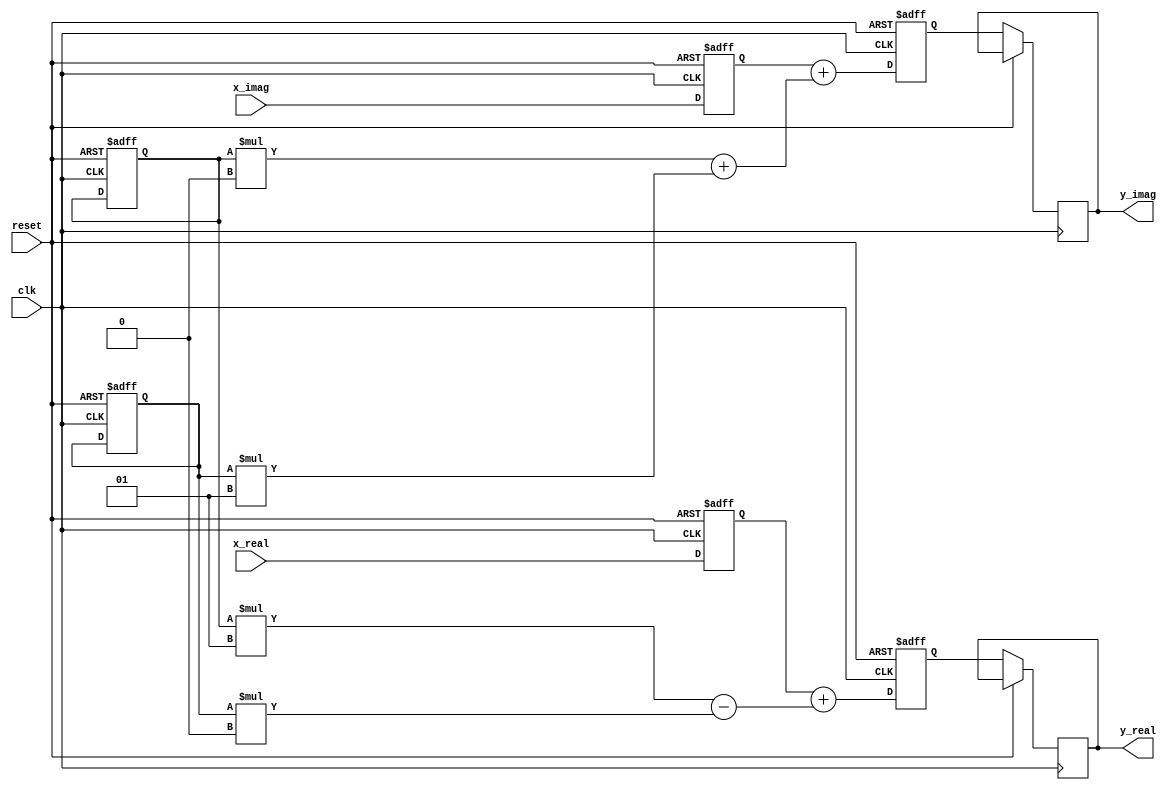
`timescale 1ns / 1ps
//////////////////////////////////////////////////////////////////////////////////
// Company: 
// Engineer: 
// 
// Design Name: 
// Module Name: fft
// Project Name: 
// Target Devices: 
// Tool Versions: 
// Description: 
// 
// Dependencies: 
// 
// Revision:
// Revision 0.01 - File Created
// Additional Comments:
// 
//////////////////////////////////////////////////////////////////////////////////


module fft (
    input clk,
    input reset,
    input signed [15:0] x_real,
    input signed [15:0] x_imag,
    output reg signed [15:0] y_real,
    output reg signed [15:0] y_imag
);
    // Number of points (N)
    parameter N = 4;
    
    // Twiddle factors
    wire signed [15:0] twiddle_real [0:N/2-1];
    wire signed [15:0] twiddle_imag [0:N/2-1];
    
    // Define the twiddle factors
    assign twiddle_real[0] = 16'd1;
    assign twiddle_imag[0] = 16'd0;
    assign twiddle_real[1] = 16'd0;
    assign twiddle_imag[1] = -16'd1;
    
    // Input and output arrays
    reg signed [15:0] x_real_arr [0:N-1];
    reg signed [15:0] x_imag_arr [0:N-1];
    reg signed [15:0] y_real_arr [0:N-1];
    reg signed [15:0] y_imag_arr [0:N-1];
    
    integer i, j, k;
    
    always @(posedge clk or posedge reset) begin
        if (reset) begin
            for (i = 0; i < N; i = i + 1) begin
                x_real_arr[i] <= 16'd0;
                x_imag_arr[i] <= 16'd0;
                y_real_arr[i] <= 16'd0;
                y_imag_arr[i] <= 16'd0;
            end
        end else begin
            // Load input values
            x_real_arr[0] <= x_real;
            x_imag_arr[0] <= x_imag;
            
            // Compute FFT
            for (i = 0; i < N; i = i + 1) begin
                for (j = 0; j < N/2; j = j + 1) begin
                    k = (i * j) % N;
                    y_real_arr[i] <= x_real_arr[i] + (x_real_arr[j] * twiddle_real[k] - x_imag_arr[j] * twiddle_imag[k]);
                    y_imag_arr[i] <= x_imag_arr[i] + (x_real_arr[j] * twiddle_imag[k] + x_imag_arr[j] * twiddle_real[k]);
                end
            end
            
            // Output results
            y_real <= y_real_arr[0];
            y_imag <= y_imag_arr[0];
        end
    end
endmodule